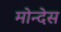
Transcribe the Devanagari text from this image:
मोन्देस